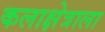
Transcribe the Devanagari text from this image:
कलाक्षेत्राला